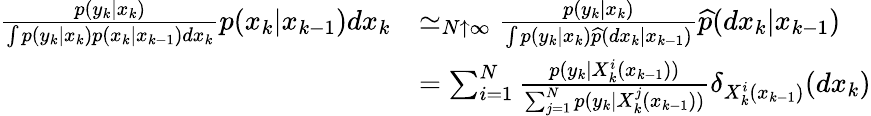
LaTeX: {\begin{array}{rl}{{\frac{p(y_{k}|x_{k})}{\int p(y_{k}|x_{k})p(x_{k}|x_{k-1})dx_{k}}}p(x_{k}|x_{k-1})dx_{k}}&{\simeq_{N\uparrow\infty}{\frac{p(y_{k}|x_{k})}{\int p(y_{k}|x_{k}){\widehat{p}}(dx_{k}|x_{k-1})}}{\widehat{p}}(dx_{k}|x_{k-1})}\\ &{=\sum_{i=1}^{N}{\frac{p(y_{k}|X_{k}^{i}(x_{k-1}))}{\sum_{j=1}^{N}p(y_{k}|X_{k}^{j}(x_{k-1}))}}\delta_{X_{k}^{i}(x_{k-1})}(dx_{k})}\end{array}}